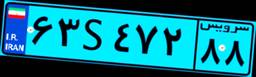
۶۳S۴۷۲۸۸